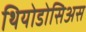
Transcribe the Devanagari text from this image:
थियोडोसिअस